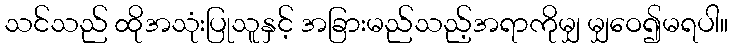
သင်သည် ထိုအသုံးပြုသူနှင့် အခြားမည်သည့်အရာကိုမျှ မျှဝေ၍မရပါ။